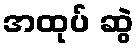
အထုပ် ဆွဲ